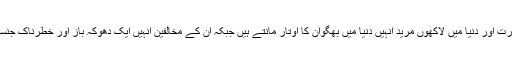
شری ستیا سائی بابا کے بھارت اور دنیا میں لاکھوں مرید انہیں دنیا میں بھگوان کا اوتار مانتے ہیں جبکہ ان کے مخالفین انہیں ایک دھوکہ باز اور خطرناک جنسی مجرم تصور کرتے تھے۔